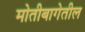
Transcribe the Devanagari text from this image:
मोतीबागेतील